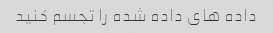
داده های داده شده را تجسم کنید